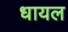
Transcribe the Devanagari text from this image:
धायल